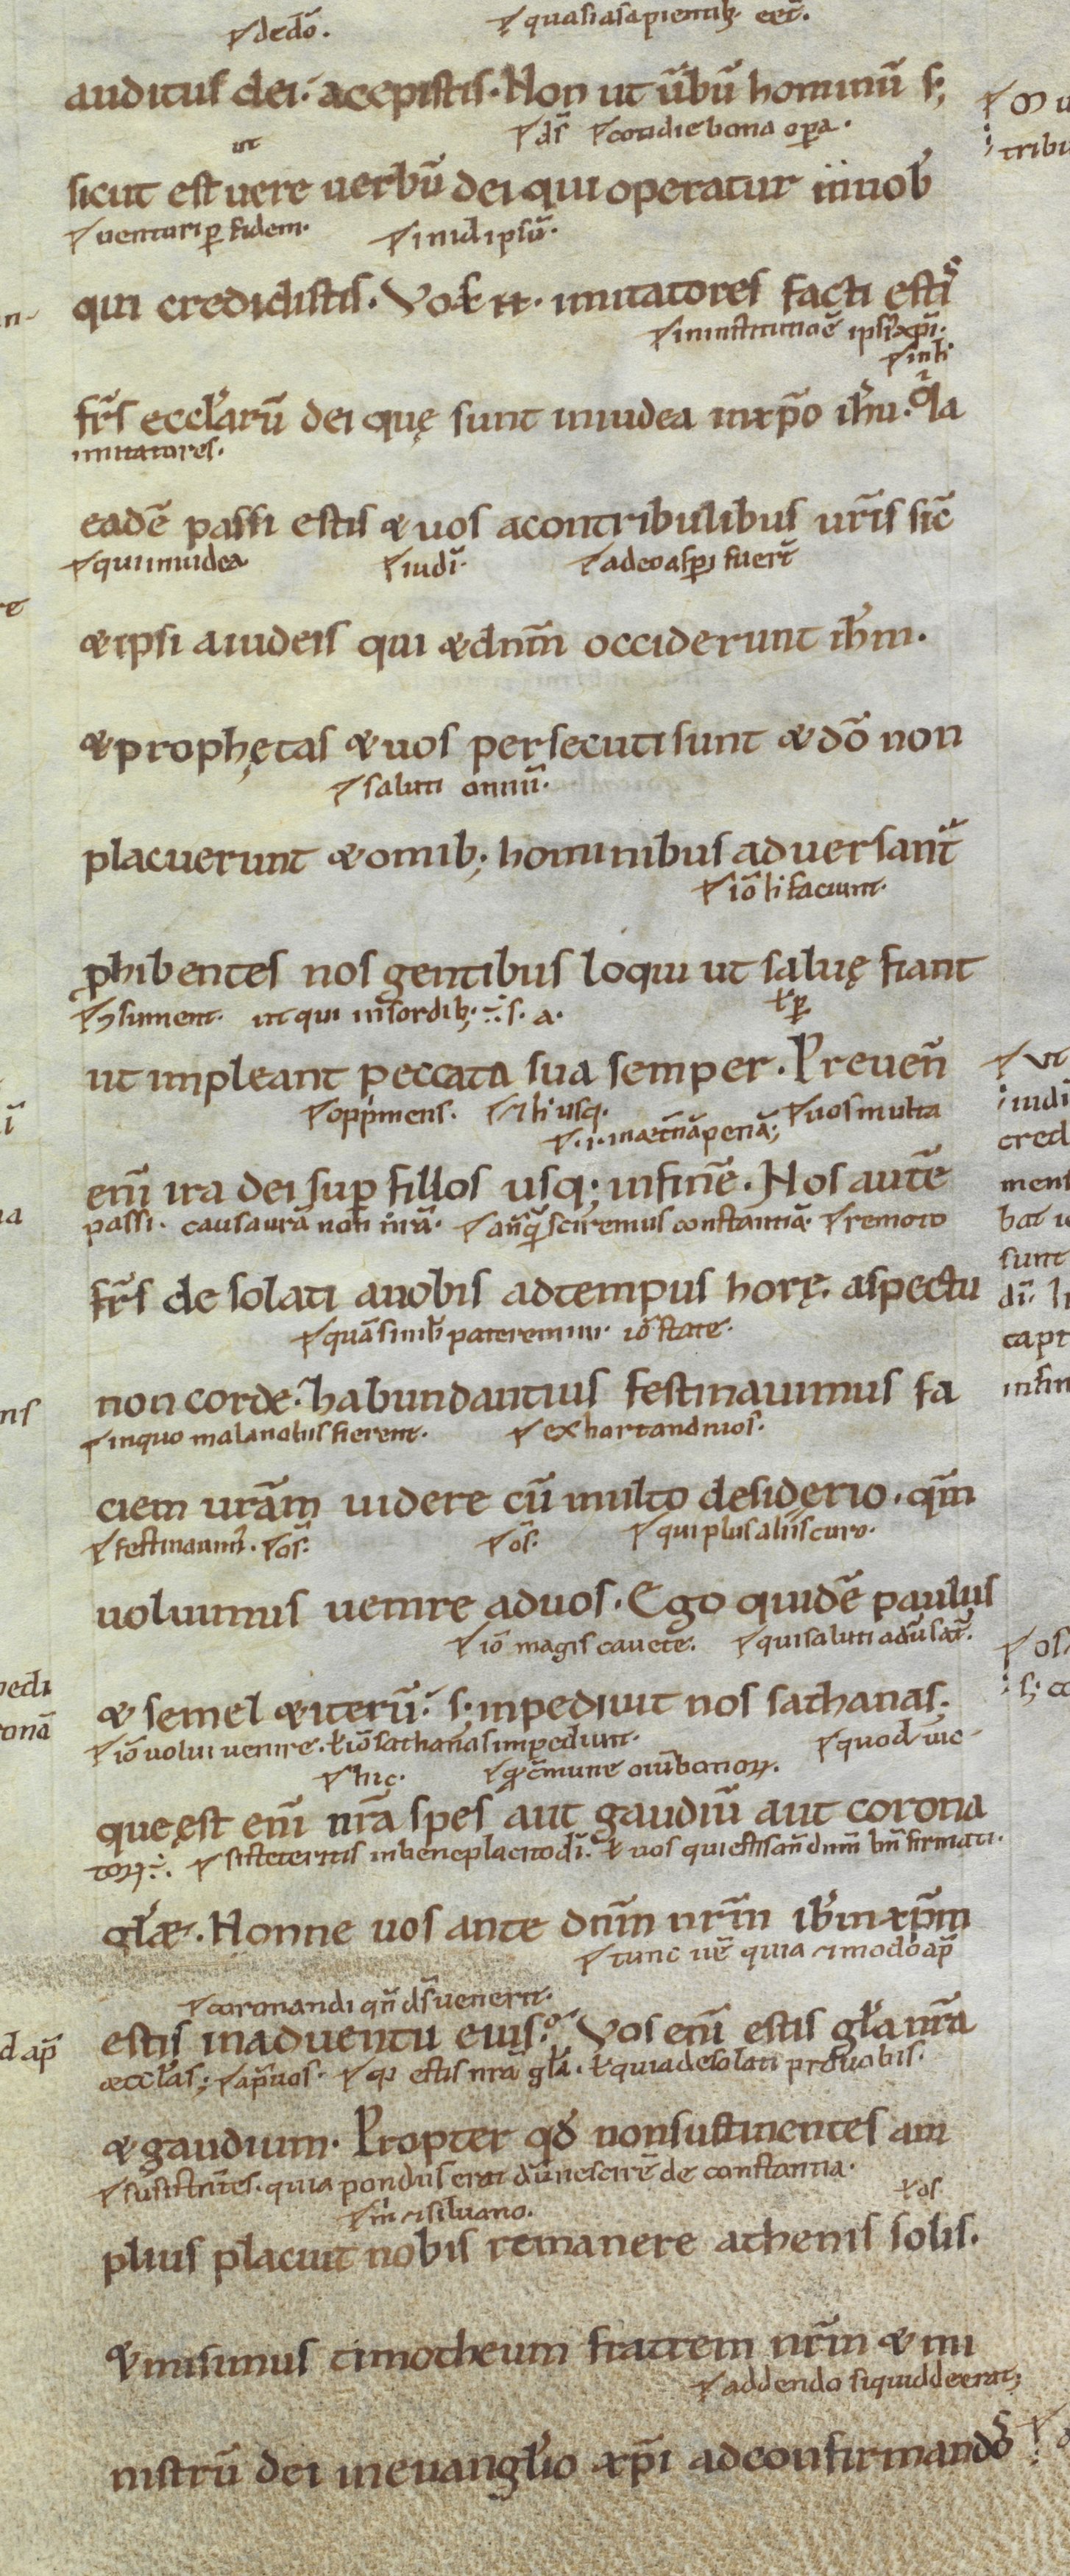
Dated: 1100–1199